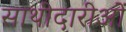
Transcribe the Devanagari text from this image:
साथीदारीओं